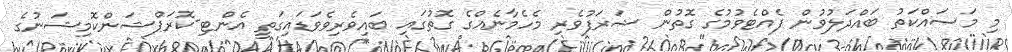
މި މަސައްކަތު ބައްދަލުވުން ފެއްޓެވުމުގެ ގޮތުން ޝަރަފުވެރި މެހެމާނެއްގެ ގޮތުގައި ބައިވެރިވެވަޑައިގަތީ އެންޓި-ކޮރަޕްޝަންކޮމިޝަނުގެ